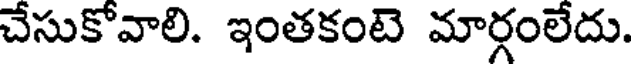
చేసుకోవాలి. ఇంతకంటె మార్గంలేదు.